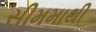
સીમમાથી